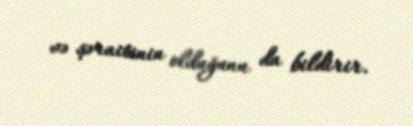
və şəraitinin olduğunu da bildirir.